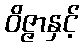
ဝိဇ္ဇာနှင့်